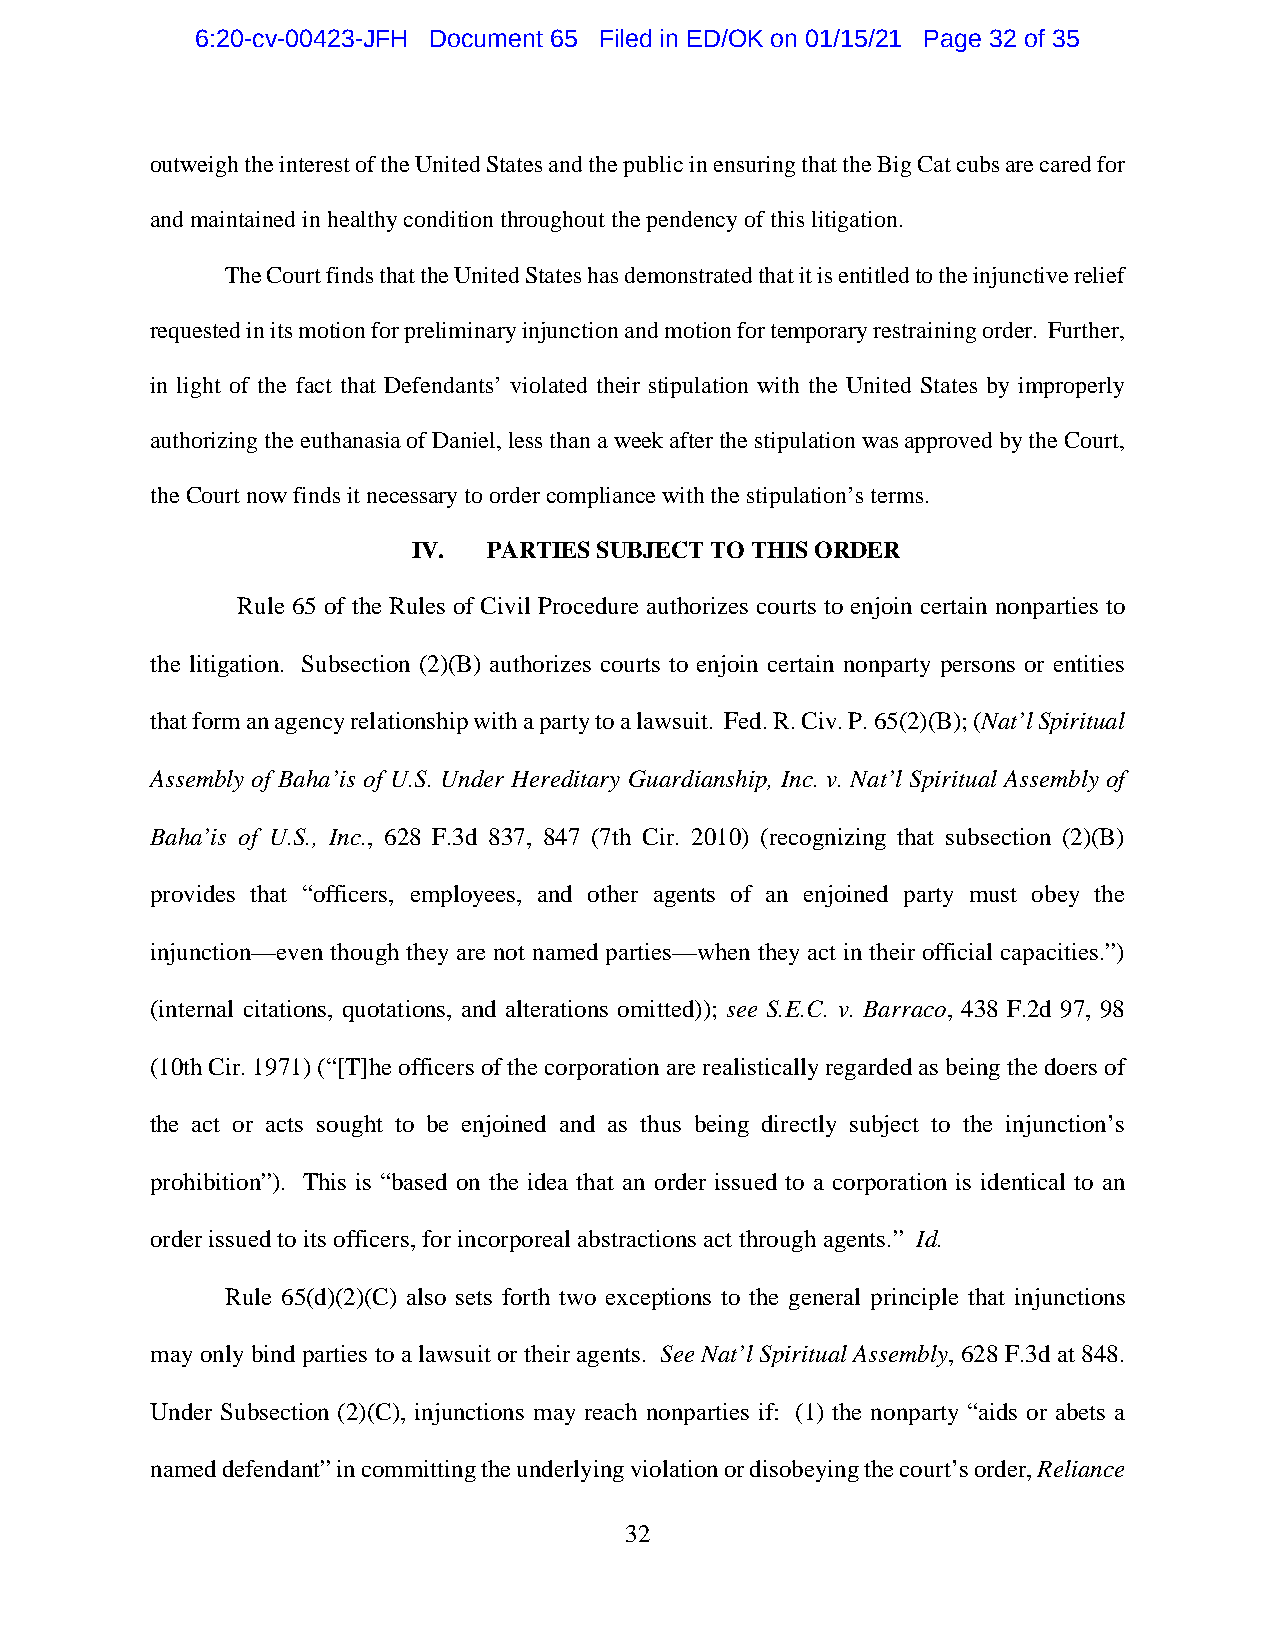
6:20-cv-00423-JFH Document 65 Filed in ED/OK on 01/15/21 Page 32 of 35
 outweigh the interest of the United States and the public in ensuring that the Big Cat cubs are cared for
 and maintained in healthy condition throughout the pendency of this litigation.
 The Court finds that the United States has demonstrated that it is entitled to the injunctive relief
 requested in its motion for preliminary injunction and motion for temporary restraining order. Further,
 in light of the fact that Defendants’ violated their stipulation with the United States by improperly
 authorizing the euthanasia of Daniel, less than a week after the stipulation was approved by the Court,
 the Court now finds it necessary to order compliance with the stipulation’s terms.
 IV.  PARTIES SUBJECT TO THIS ORDER
 Rule 65 of the Rules of Civil Procedure authorizes courts to enjoin certain nonparties to
 the litigation. Subsection (2)(B) authorizes courts to enjoin certain nonparty persons or entities
 that form an agency relationship with a party to a lawsuit. Fed. R. Civ. P. 65(2)(B); (Nat’l Spiritual
 Assembly of Baha’is of U.S. Under Hereditary Guardianship, Inc. v. Nat’l Spiritual Assembly of
 Baha’is of U.S., Inc., 628 F.3d 837, 847 (7th Cir. 2010) (recognizing that subsection (2)(B)
 provides that “officers, employees, and other agents of an enjoined party must obey the
 injunction—even though they are not named parties—when they act in their official capacities.”)
 (internal citations, quotations, and alterations omitted)); see S.E.C. v. Barraco, 438 F.2d 97, 98
 (10th Cir. 1971) (“[T]he officers of the corporation are realistically regarded as being the doers of
 the act or acts sought to be enjoined and as thus being directly subject to the injunction’s
 prohibition”). This is “based on the idea that an order issued to a corporation is identical to an
 order issued to its officers, for incorporeal abstractions act through agents.” Id.
 Rule 65(d)(2)(C) also sets forth two exceptions to the general principle that injunctions
 may only bind parties to a lawsuit or their agents. See Nat’l Spiritual Assembly, 628 F.3d at 848.
 Under Subsection (2)(C), injunctions may reach nonparties if: (1) the nonparty “aids or abets a
 named defendant” in committing the underlying violation or disobeying the court’s order, Reliance
 32